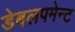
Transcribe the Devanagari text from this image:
डेबलपमेन्ट